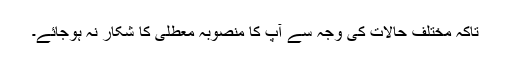
تاکہ مختلف حالات کی وجہ سے آپ کا منصوبہ معطلی کا شکار نہ ہوجائے۔